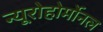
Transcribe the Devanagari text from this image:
न्यूरोहोर्मोनल